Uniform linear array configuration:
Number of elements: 16
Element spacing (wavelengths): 0.75
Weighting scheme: blackman
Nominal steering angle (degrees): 30
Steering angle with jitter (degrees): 30.108
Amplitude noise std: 0.05
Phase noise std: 0.05

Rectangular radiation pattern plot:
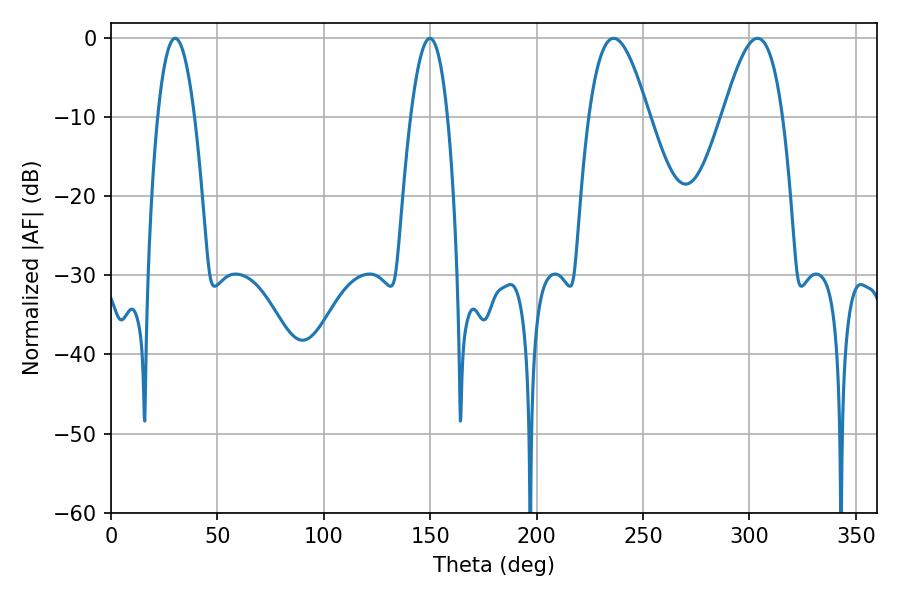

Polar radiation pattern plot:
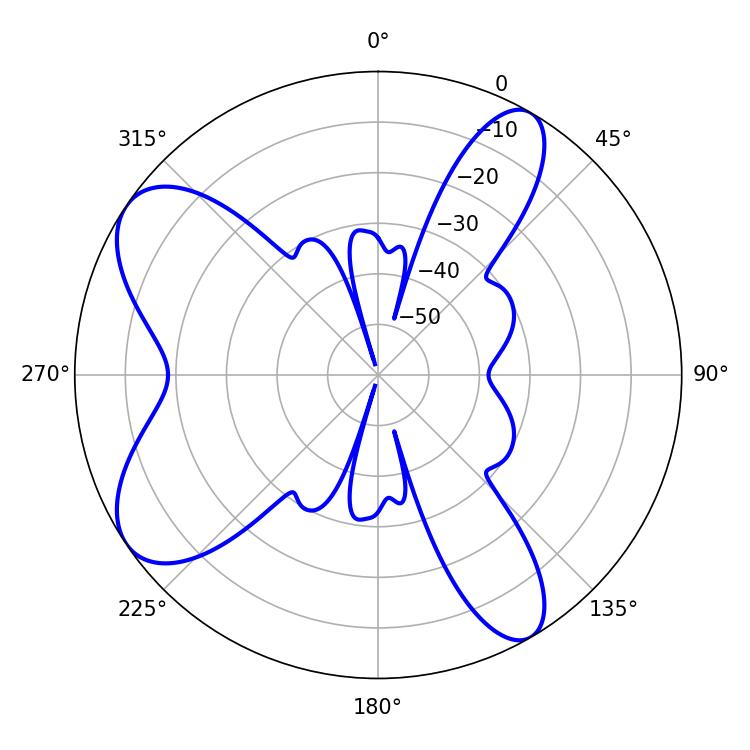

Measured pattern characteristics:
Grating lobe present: TRUE
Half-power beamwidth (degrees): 15.3
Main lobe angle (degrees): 236.16